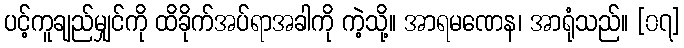
ပင့်ကူချည်မျှင်ကို ထိခိုက်အပ်ရာအခါကို ကဲ့သို့။ အာရမဏေန၊ အာရုံသည်။ [၀၇]